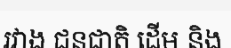
រវាង ជនជាតិ ដើម និង